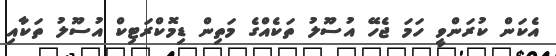
އެކަން ކުރަންވީ ހަމަ ޖެހޭ އުސޫލު ތަކެއްގެ މަތިން ޑިމޮކްރަޓިކް އުސޫލު ތަކާއި